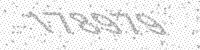
Solution: 178979